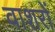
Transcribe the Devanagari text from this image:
वाशरों